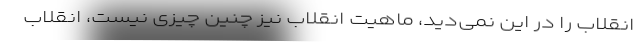
انقلاب را در این نمی‌دید، ماهیت انقلاب نیز چنین چیزی نیست، انقلاب